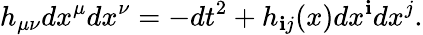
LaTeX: h_{\mu\nu}dx^{\mu}dx^{\nu}=-dt^{2}+h_{\mathbf{i}j}(x)dx^{\mathbf{i}}dx^{j}.